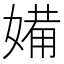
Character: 𱙡